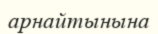
арнайтынына